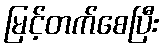
မြင့်တက်စေပြီး